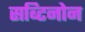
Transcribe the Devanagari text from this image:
सब्टिनोन